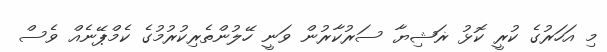
މި އަހަރުގެ ކުރީ ކޮޅު ޜަޝިޔާ ސަރުކާރުން ވަނީ ހޭލުންތެރިކުރުމުގެ ކެމްޕޭނެއް ވެސް